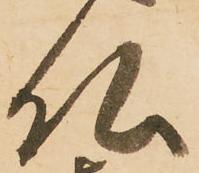
仏